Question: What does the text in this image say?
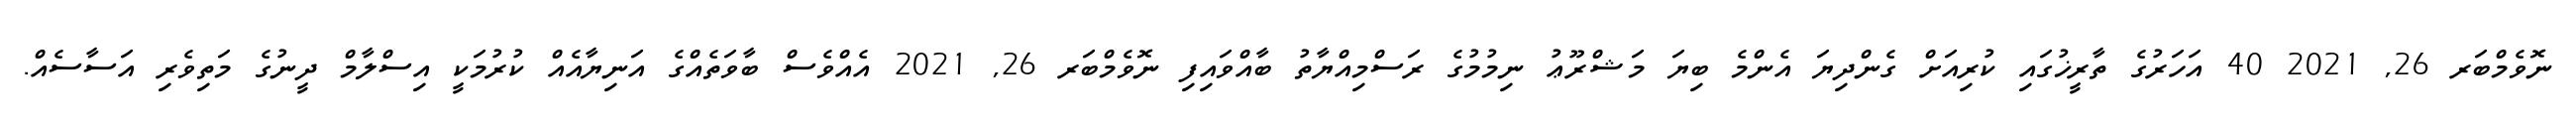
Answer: ނޮވެމްބަރ 26, 2021 40 އަހަރުގެ ތާރީޚުގައި ކުރިއަށް ގެންދިޔަ އެންމެ ބިޔަ މަޝްރޫޢު ނިމުމުގެ ރަސްމިއްޔާތު ބާއްވައިފި ނޮވެމްބަރ 26, 2021 އެއްވެސް ބާވަތެއްގެ އަނިޔާއެއް ކުރުމަކީ އިސްލާމް ދީނުގެ މަތިވެރި އަސާސެއް.